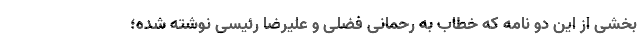
بخشی از این دو نامه که خطاب به رحمانی فضلی و علیرضا رئیسی نوشته شده؛